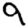
Digit: 9